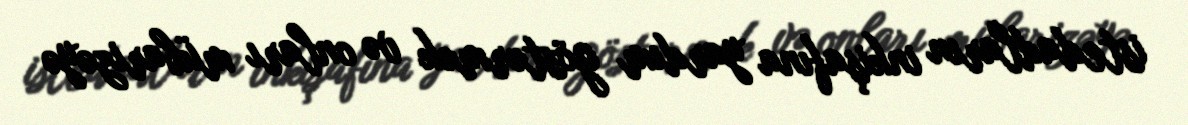
istedadların inkişafına yardım göstərmək və onları mübarizəyə